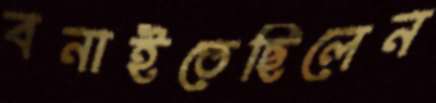
বনাইতেছিলেন